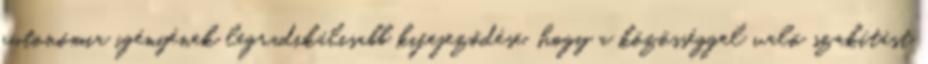
autonómia igényének legradikálisabb kifejeződése, hogy a közösséggel való szakítást